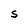
Character: S